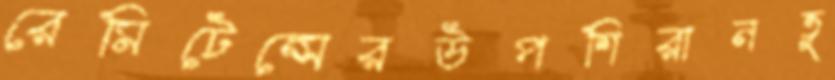
রেমিটেন্সেরউপশিরানতু